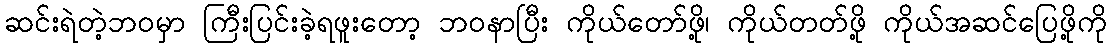
ဆင်းရဲတဲ့ဘဝမှာ ကြီးပြင်းခဲ့ရဖူးတော့ ဘဝနာပြီး ကိုယ်တော်ဖို့၊ ကိုယ်တတ်ဖို့ ကိုယ်အဆင်ပြေဖို့ကို